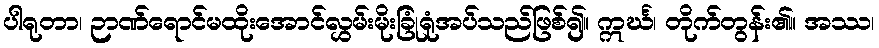
ပါရုတာ၊ ဉာဏ်ရောင်မထိုးအောင်လွှမ်းမိုးခြုံရုံအပ်သည်ဖြစ်၍။ ဣင်္ဃ၊ တိုက်တွန်း၏။ အဿ၊